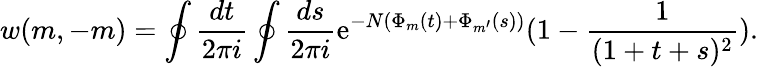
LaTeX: w(m,-m)=\oint\frac{dt}{2\pi i}\oint\frac{ds}{2\pi i}\mathrm{e}^{-N(\Phi_{m}(t)+\Phi_{m^{\prime}}(s))}(1-\frac{1}{(1+t+s)^{2}}).